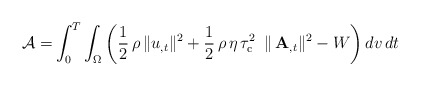
\begin{align*}\mathcal{A}=&\int_{0}^{T}\int_\Omega\bigg(\frac{1}{2}\,\rho\,\|u_{,t}\|^2+\frac{1}{2}\,\rho\,\eta\,\tau_{\rm c}^2\,\,\,\| \,\mathbf{A}_{,t}\|^2-W\bigg)\, dv\,dt\end{align*}